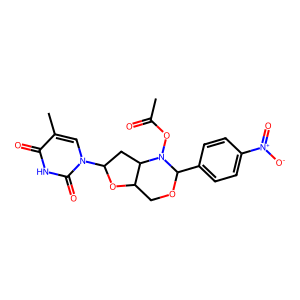
SMILES: CC(=O)ON1C(c2ccc([N+](=O)[O-])cc2)OCC2OC(n3cc(C)c(=O)[nH]c3=O)CC21
Inhibits HIV replication: No